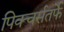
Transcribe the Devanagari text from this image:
पिक्चर्सतर्फे